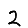
Digit: 2